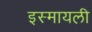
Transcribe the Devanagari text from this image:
इस्मायली